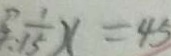
\frac { 1 } { 1 5 } x = 4 5